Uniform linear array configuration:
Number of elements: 4
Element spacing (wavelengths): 1
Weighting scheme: exponential
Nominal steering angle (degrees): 15
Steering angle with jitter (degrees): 13.393
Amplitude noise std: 0.05
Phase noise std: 0.05

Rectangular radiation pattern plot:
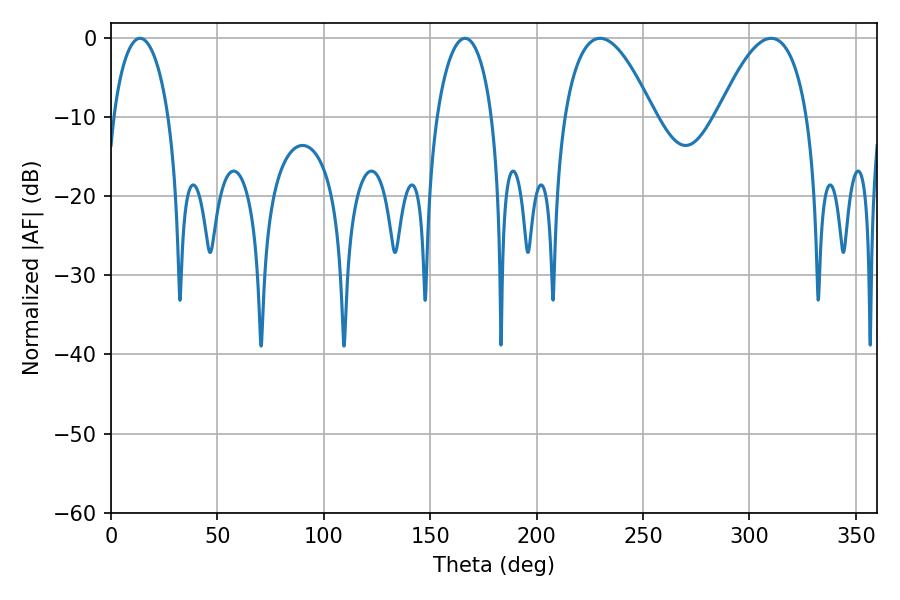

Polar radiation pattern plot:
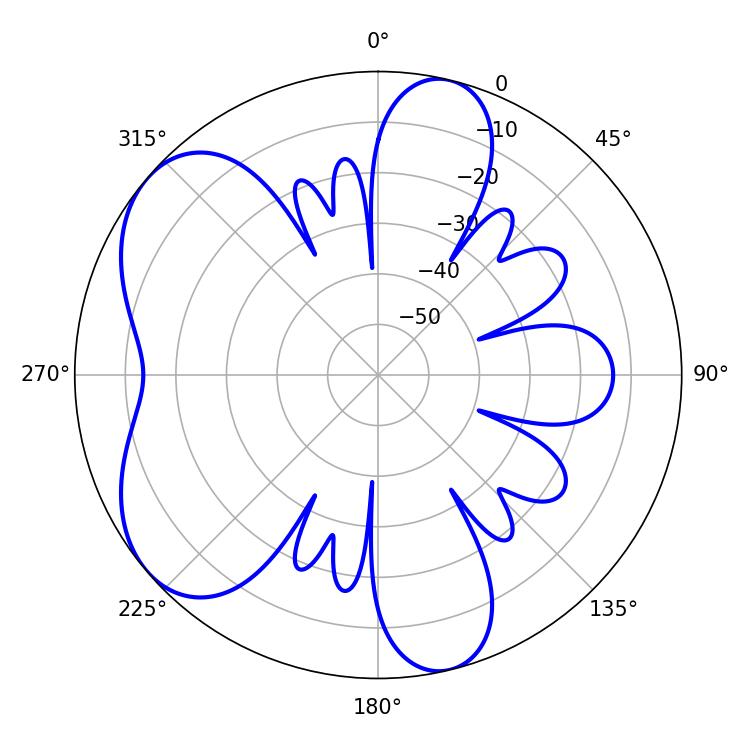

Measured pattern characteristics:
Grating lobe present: TRUE
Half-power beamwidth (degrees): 14.94
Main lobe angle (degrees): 13.68